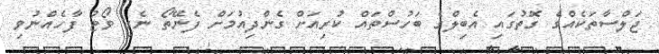
ޖަލްސާތަކެއްގެ ގޮތުގައި އެބިލްގެ ބަހުސްތައް ކުރިއަށް ގެންދިއުމަށް ފެނޭތޯ ނެގި ވޯޓު ފާހެއްނުވި